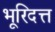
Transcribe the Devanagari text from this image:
भूरिदत्त